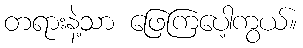
တရားနဲ့သာ ဖြေကြပေါ့ကွယ်။